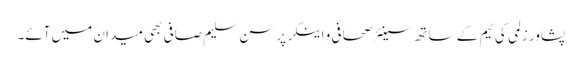
پشاور زلمی کی ٹیم کے ساتھ سینئر صحافی و اینکر پرسن سلیم صافی بھی میدان میں آئے۔